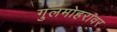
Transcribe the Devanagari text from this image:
गुलमोहरावर